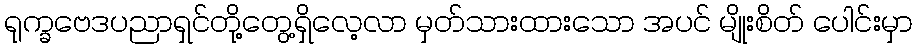
ရုက္ခဗေဒပညာရှင်တို့တွေ့ရှိလေ့လာ မှတ်သားထားသော အပင် မျိုးစိတ် ပေါင်းမှာ